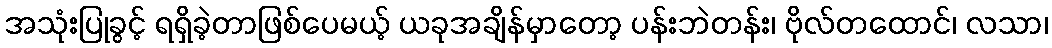
အသုံးပြုခွင့် ရရှိခဲ့တာဖြစ်ပေမယ့် ယခုအချိန်မှာတော့ ပန်းဘဲတန်း၊ ဗိုလ်တထောင်၊ လသာ၊